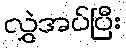
လွှဲအပ်ပြီး